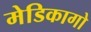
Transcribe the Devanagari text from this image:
मेडिकागो